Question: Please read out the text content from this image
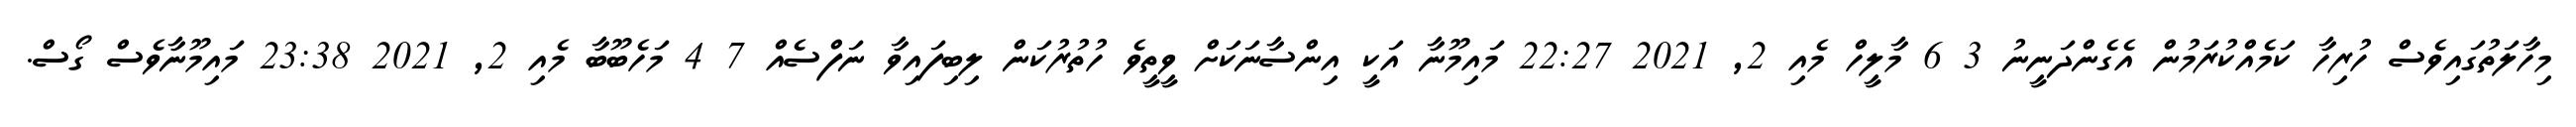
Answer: މިހާލަތުގައިވެސް ހުރިހާ ކަމެއްކުރަމުން އެގެންދަނީނު 3 6 މާލީހް މެއި 2, 2021 22:27 މައިމޫނާ އަކީ އިންސާނަކަށް ވީތީވެ ހުތުރުކަން ލިބިފައިވާ ނަފްސެއް 7 4 މަހެބޫބާ މެއި 2, 2021 23:38 މައިމޫނާވެސް ގޯސް.